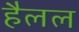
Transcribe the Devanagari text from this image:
हैलल